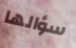
سؤالها